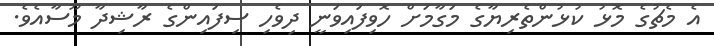
އެ މެޗުގެ މޮޅު ކުޅުންތެރިޔާގެ މަގާމަށް ހޮވިފައިވަނީ ދިވެހި ސިފައިންގެ ރާޝިދާ މޫސާއެވެ.